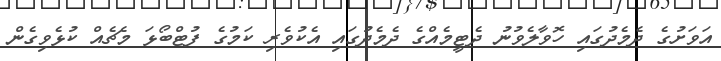
އަވަށުގެ ދެމެދުގައި ހޮވާލެވުނު ދެޓީމެއްގެ ދެމެދުގައި އެކުވެރި ކަމުގެ ފުޓްބޯޅަ މެޗެެއް ކުޅެވިގެން